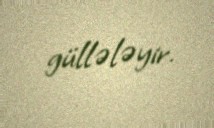
güllələyir.